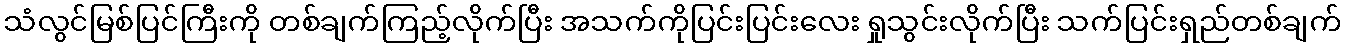
သံလွင်မြစ်ပြင်ကြီးကို တစ်ချက်ကြည့်လိုက်ပြီး အသက်ကိုပြင်းပြင်းလေး ရှုသွင်းလိုက်ပြီး သက်ပြင်းရှည်တစ်ချက်